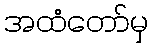
အထံတော်မှ